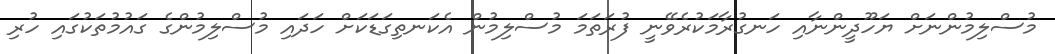
މުސްލިމުންނަށް ޔަހޫދީންނާއި ހަނގުރާމަކުރެވޭނީ ފުރަތަމަ މުސްލިމުން އެކަނތިގަޑަކަށް ހަދައި މުސްލިމުންގެ ގައުމުތަކުގައި ހުރި